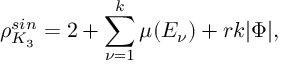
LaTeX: \rho _ { K _ { 3 } } ^ { s i n } = 2 + \sum _ { \nu = 1 } ^ { k } \mu ( E _ { \nu } ) + r k | \Phi | ,